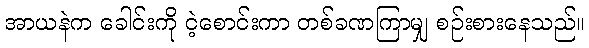
အာယနဲက ခေါင်းကို ငဲ့စောင်းကာ တစ်ခဏကြာမျှ စဉ်းစားနေသည်။